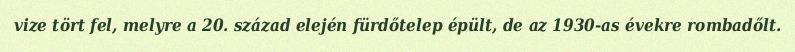
vize tört fel, melyre a 20. század elején fürdőtelep épült, de az 1930-as évekre rombadőlt.